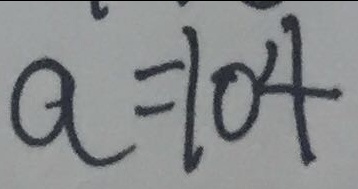
a = 1 0 4